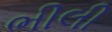
ભીલી